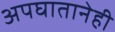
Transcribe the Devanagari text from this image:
अपघातानेही